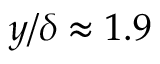
y / \delta \approx 1 . 9